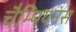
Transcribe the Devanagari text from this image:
चैम्पियनंस